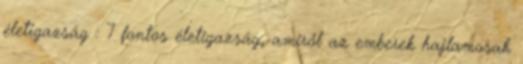
életigazság : 7 fontos életigazság, amiről az emberek hajlamosak